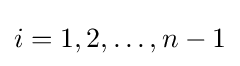
i=1,2,\ldots ,n-1